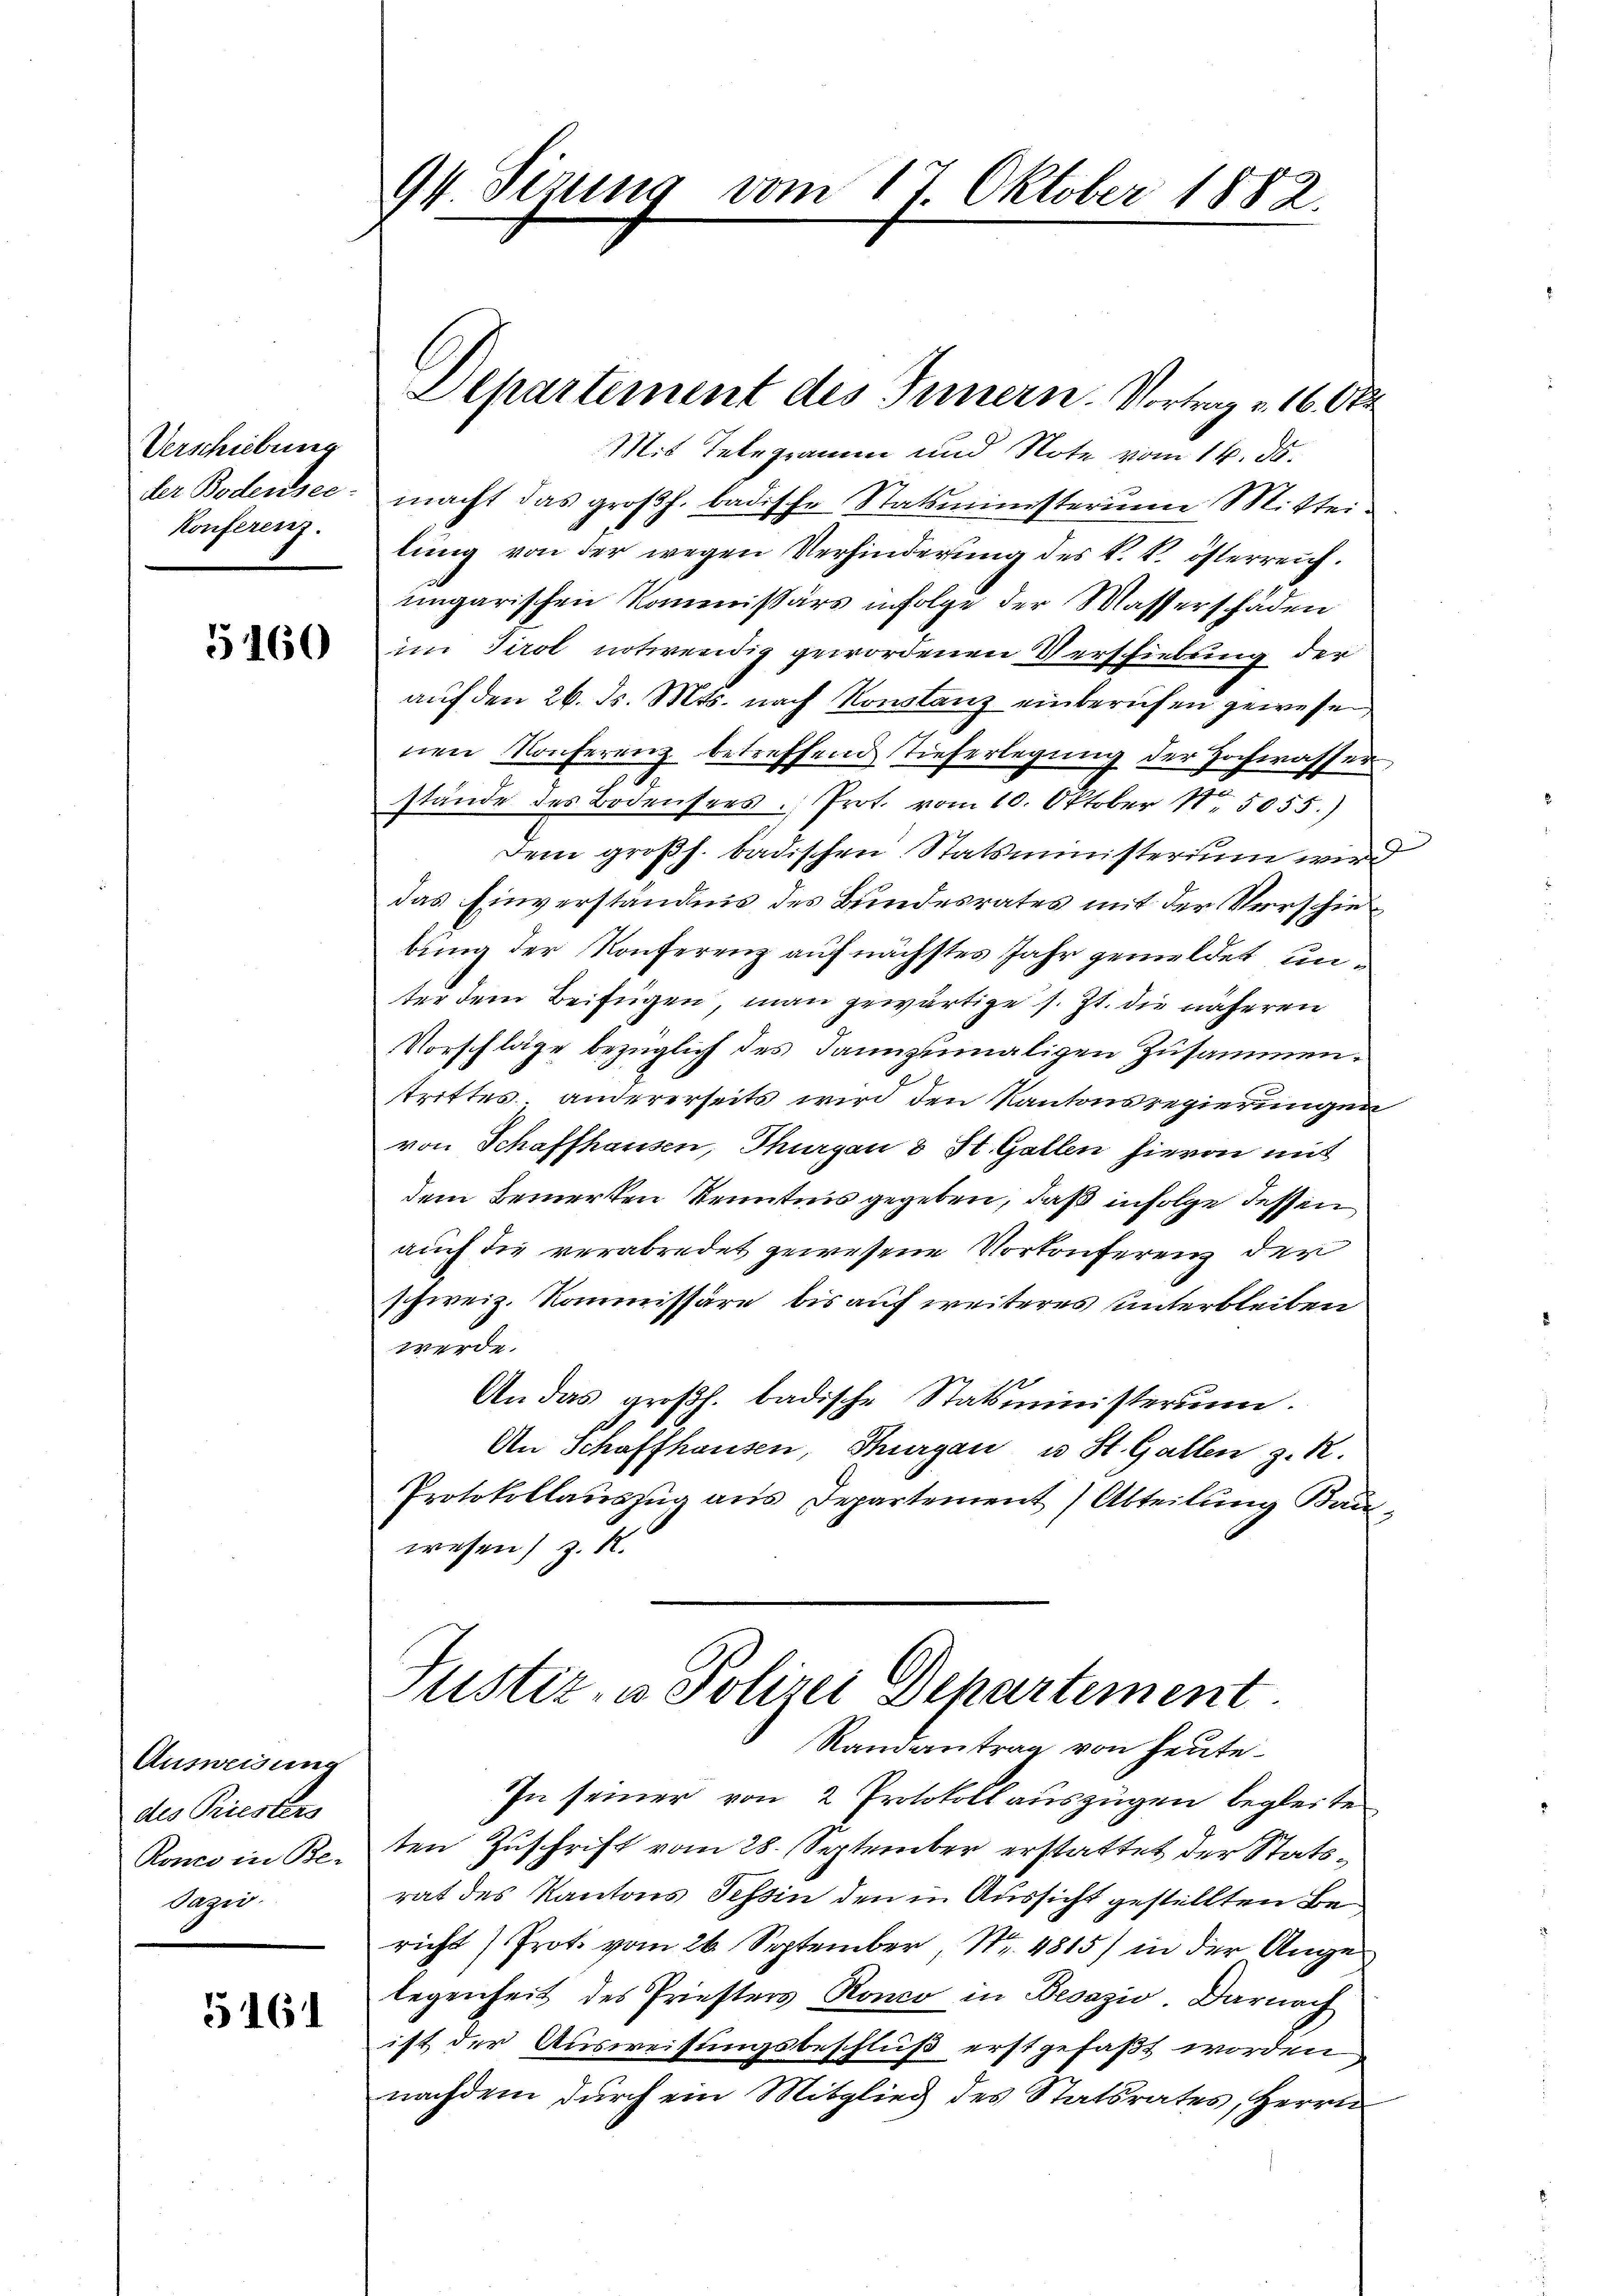
Verschiebung
Konferenz.

5160

Ausweisung
des Priester
Ronco in Be-
dazio

5161

94. Sizung vom 17. Oktober 1882.

Mit Telegramm und Note vom 14. ds.
der Bodensee macht das großh. badische Statsministerium Mittei-
lŭng von der wegen Verhinderŭng des k. k. österreich.
ungarischen Kommissärs infolge der Wasserschäden
im Tirol notwendig gewordenen Verschiebung der
auf den 26. d. Mts. nach Konstanz einberufen gewesen,
nen Konferenz betreffend Tieferlegung der Hochwasser
.
stände des Bodensees. Prot. vom 10. Oktober 1. 5055.)
Dem großh. badischen Statsministerium wird
das Einverständnis des Bundesrates mit der Verschiebung der Konferenz auf nächstes Jahr gemeldet unter dem Beifügen, man gewärtige s. Zt. die näheren
Vorschläge bezüglich des dannzumaligen Zusammen.
trittes, andererseits wird den Kantonsregierungen
von Schaffhausen, Thurgau & St. Gallen hievon mit
dem Bemerken Kenntnis gegeben, daß infolge dessen
auch die verabredet gewesene Vorkonferenz der
schweiz. Kommissäre, bis auf weiteres unterbleiben
werde.
An das großh. badische Statsministerim.
An Schaffhausen, Thurgau u. St. Gallen z. R.
Protokollauszug aus Departement) Abteilung Kau-
wesen) z. R.

Departement des Innern. Vortrag v. 16. Okt

Justiz- u. Polizei Departement.
Randantrag von heute¬

In seiner von 2 Protokoll auszügen begleite
ten Zuschrift vom 28. September erstattet der Statsrat des Kantons Tessin den in Aussicht gestellten Bericht) Prot. vom 26. September, Nr. 4815) in der Angelegenheit des Priesters Ronco in Besazio. Darnach
ist der Ausweisungsbeschluß erst gefaßt worden
nachdem durch ein Mitglied des Statsrates, Herrn